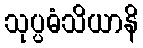
သုပ္ပဓံသိယာနိ